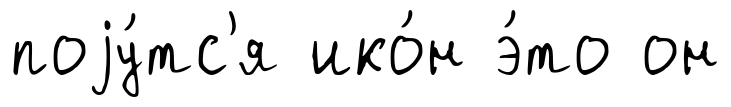
поjу́тс'я ико́н э́то он